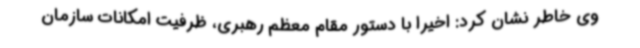
وی خاطر نشان کرد: اخیرا با دستور مقام معظم رهبری، ظرفیت امکانات سازمان